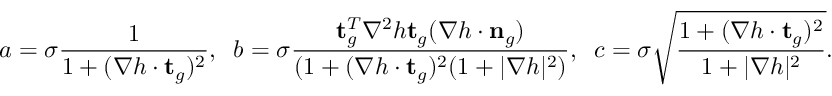
a = \sigma \frac { 1 } { 1 + ( \nabla h \cdot \mathbf { t } _ { g } ) ^ { 2 } } , \; \; b = \sigma \frac { \mathbf { t } _ { g } ^ { T } \nabla ^ { 2 } h \mathbf { t } _ { g } ( \nabla h \cdot \mathbf { n } _ { g } ) } { ( 1 + ( \nabla h \cdot \mathbf { t } _ { g } ) ^ { 2 } ( 1 + | \nabla h | ^ { 2 } ) } , \; \; c = \sigma \sqrt { \frac { 1 + ( \nabla h \cdot \mathbf { t } _ { g } ) ^ { 2 } } { 1 + | \nabla h | ^ { 2 } } } .